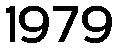
1979